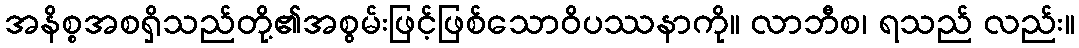
အနိစ္စအစရှိသည်တို့၏အစွမ်းဖြင့်ဖြစ်သောဝိပဿနာကို။ လာဘီစ၊ ရသည် လည်း။